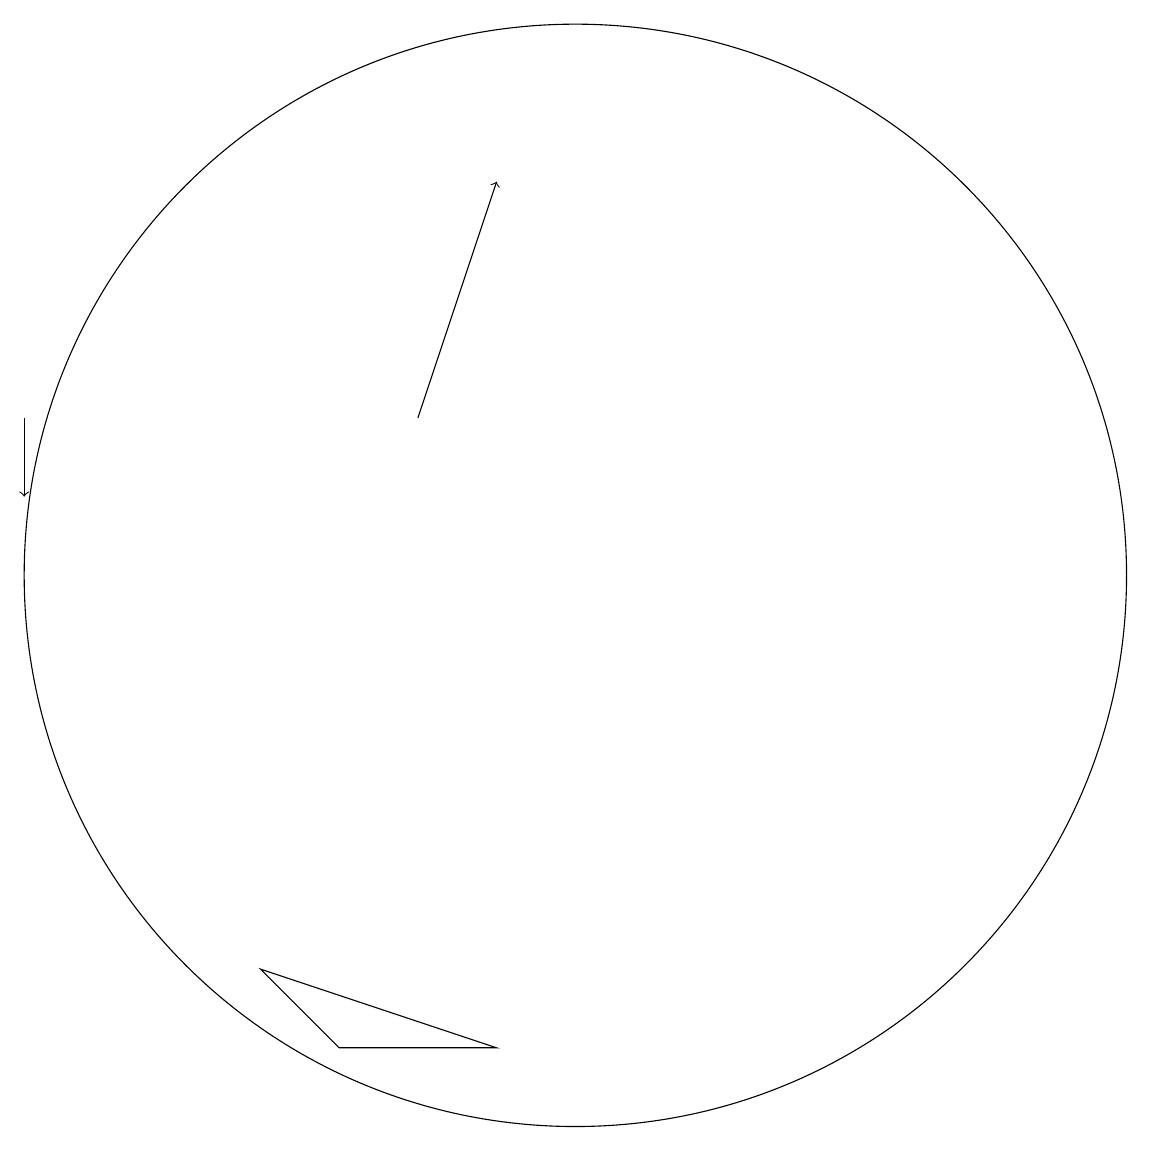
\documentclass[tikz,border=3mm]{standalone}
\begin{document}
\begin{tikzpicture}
\draw (10,12) circle (7);
\draw[->] (3,14) -- (3,13);
\draw (7,6) -- (6,7) -- (9,6) -- cycle;
\draw[->] (8,14) -- (9,17);
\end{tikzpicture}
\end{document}